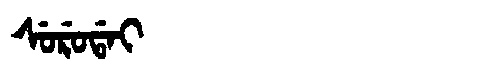
Manchu: ᠰᡠᡵᡠᡩᠠᡳ
Romanization: SURUDAI